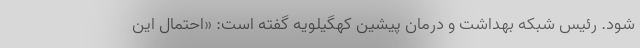
شود. رئیس شبکه بهداشت و درمان پیشین کهگیلویه گفته است: «احتمال این